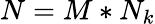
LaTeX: N=M*N_{k}